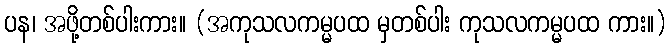
ပန၊ အဖို့တစ်ပါးကား။ (အကုသလကမ္မပထ မှတစ်ပါး ကုသလကမ္မပထ ကား။)